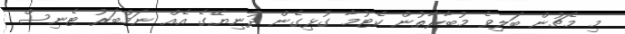
މި މެޗުން ބަލިވެ މުބާރާތުން ކެޓުމާ ގުޅިގެން ދުނިޔޭގެ އެއް ނަމްބަރު ޓެނިސް